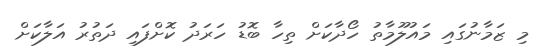
މި ޒަމާނުގައި މައުލޫމާތު ހޯދާކަށް ތިހާ ބޮޑު ހަރަދު ކޮށްފައި ދަތުރު އަލާކަށް